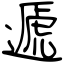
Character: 遞